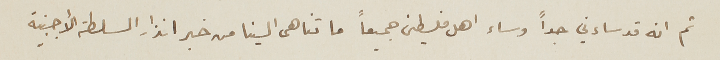
ثم انه قد ساءني جداً وساء اهل فلسطين جميعاً ما تناهى الينا من خبر انذار السلطة الاجنبية